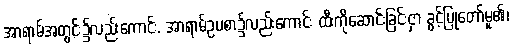
အာရာမ်အတွင်း၌လည်းကောင်း, အာရာမ်ဥပစာ၌လည်းကောင်း ထီးကိုဆောင်းခြင်းငှာ ခွင့်ပြုတော်မူ၏၊